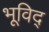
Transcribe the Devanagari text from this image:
भूविद्